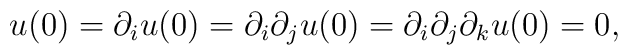
u(0)=\partial _{i}u(0)=\partial _{i}\partial _{j}u(0)=\partial _{i}\partial_{j}\partial _{k}u(0)=0,